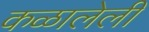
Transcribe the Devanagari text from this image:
कळालेली